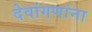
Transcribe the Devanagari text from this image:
देवांगणांना